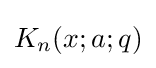
K_{n}(x;a;q)